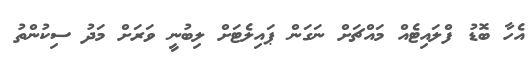
އެހާ ބޮޑު ފްލައިޓެއް މައްޗަށް ނަގަން ޕައިލެޓަށް ލިބުނީ ވަރަށް މަދު ސިކުންތު